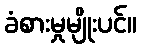
ခံစားမှုမျိုးပင်။